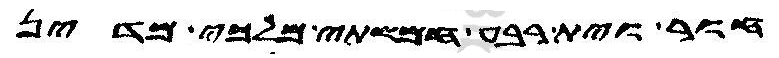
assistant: חור וית רבע חמשתי מלכי מדין